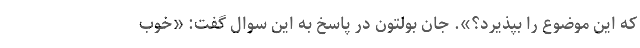
که این موضوع را بپذیرد؟». جان بولتون در پاسخ به این سوال گفت: «خوب